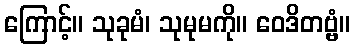
ကြောင့်။ သုခုမံ၊ သုမုမကို။ ဝေဒိတဗ္ဗံ။